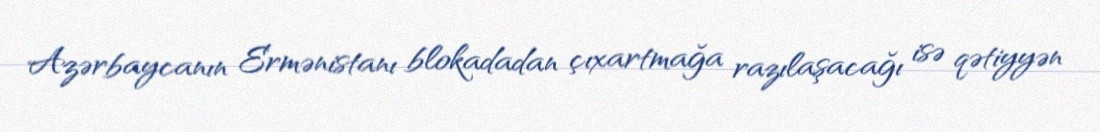
Azərbaycanın Ermənistanı blokadadan çıxartmağa razılaşacağı isə qətiyyən